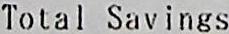
TOTAL SAVINGS